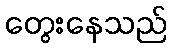
တွေးနေသည်